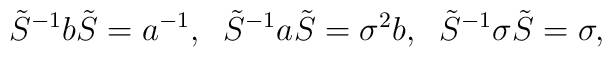
\tilde S^{-1}b\tilde S=a^{-1},\; \; \tilde S^{-1}a\tilde S=\sigma^2b, \; \; \tilde S^{-1}\sigma \tilde S=\sigma,